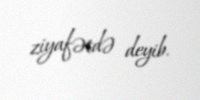
ziyafətdə deyib.